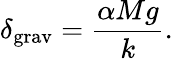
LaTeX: {\delta_{\mathrm{grav}}=\frac{\alpha Mg}{k}.}